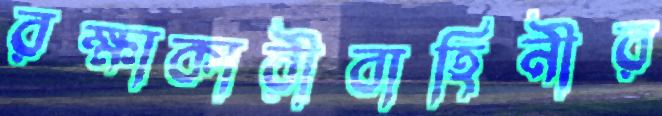
রক্ষাকারীবাহিনীর